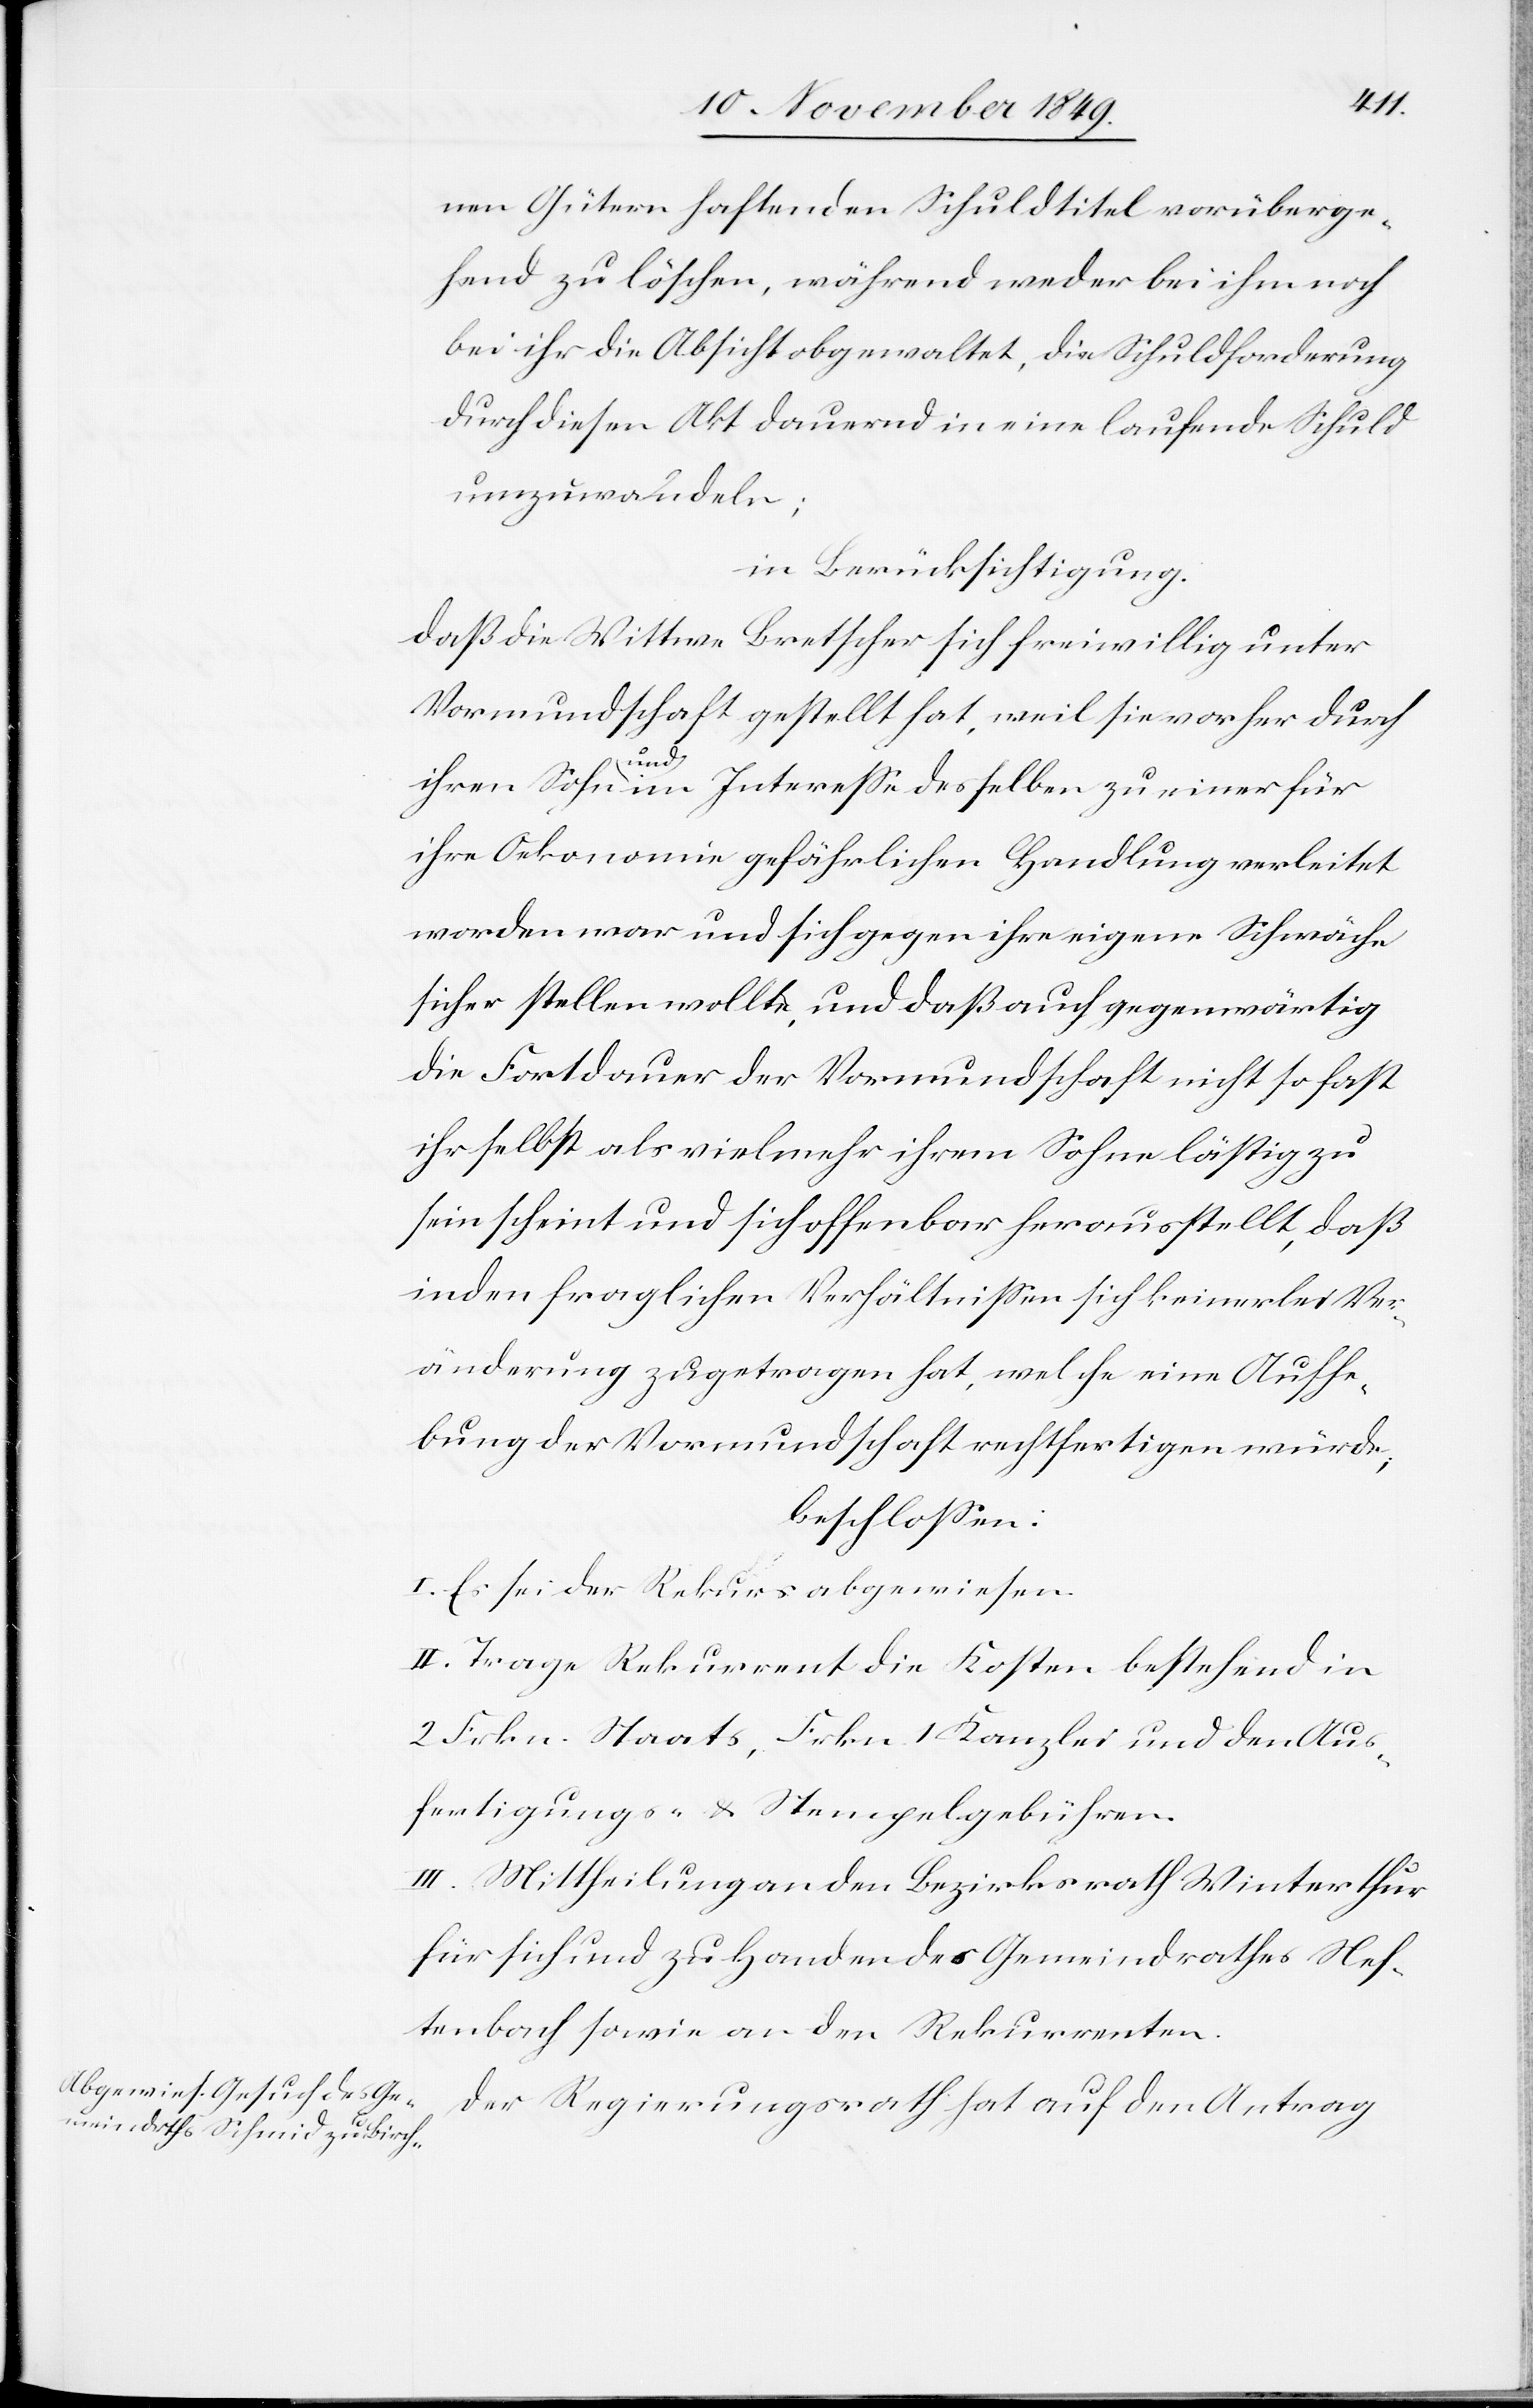
nen Gütern haftenden Schuldtitel vorüberge¬
hend zu löschen, während weder bei ihm noch
bei ihr die Absicht obgewaltet, die Schuldforderung
durch diesen Akt dauernd in eine laufende Schuld
umzuwandeln;
in Berücksichtigung:
daß die Wittwe Bretscher sich freiwillig unter
Vormundschaft gestellt hat, weil sie vorher durch
ihren Sohn und im Intereße desselben zu einer für
ihre Oekonomie gefährlichen Handlung verleitet
worden war und sich gegen ihre eigene Schwäche
sicher stellen wollte, und daß auch gegenwärtig
die Fortdauer der Vormundschaft nicht so fest
ihr selbst als vielmehr ihrem Sohn lästig zu
sein scheint und sich offenbar herausstellt, daß
in den fraglichen Verhältnißen sich keinerlei Ver¬
änderung zugetragen hat, welche eine Aufhe¬
bung der Vormundschaft rechtfertigen würde;
beschloßen:
I. Es sei der Rekurs abgewiesen.
II. Trage Rekurrent die Kosten bestehend in
2 Frkn. Staats, Frkn. 1 Kanzlei und den Aus¬
fertigungs- u. Stempelgebühren.
III. Mittheilung an den Bezirksrath Winterthur
für sich und zu Handen des Gemeindrathes Nef¬
tenbach sowie an den Rekurrenten.
Der Regierungsrath hat auf den Antrag